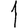
Digit: 1